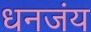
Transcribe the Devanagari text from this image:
धनजंय